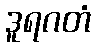
ဒူရဂတံ